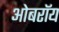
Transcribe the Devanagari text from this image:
ओबराॅय